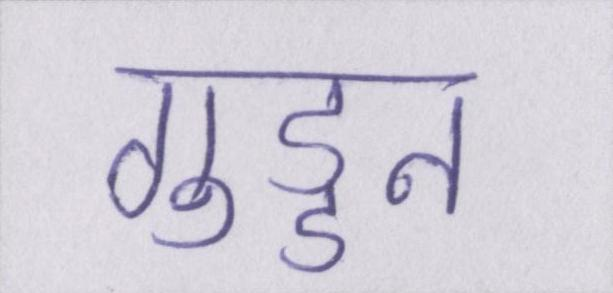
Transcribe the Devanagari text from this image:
गुड्डन